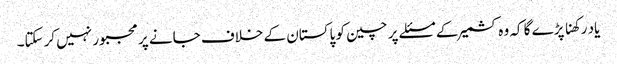
یاد رکھنا پڑے گا کہ وہ کشمیر کے مسئلے پر چین کو پاکستان کے خلاف جانے پر مجبور نہیں کرسکتا۔